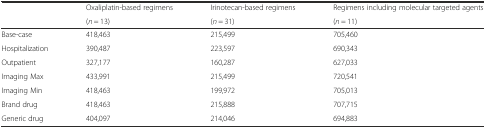
| <ROWSPAN=2>  | Oxaliplatin-based regimens | Irinotecan-based regimens | Regimens including molecular targeted agents |
 | (n = 13) | (n = 31) | (n = 11) |
 | --- | --- | --- | --- |
 | Base-case | 418,463 | 215,499 | 705,460 |
 | Hospitalization | 390,487 | 223,597 | 690,343 |
 | Outpatient | 327,177 | 160,287 | 627,033 |
 | Imaging Max | 433,991 | 215,499 | 720,541 |
 | Imaging Min | 418,463 | 199,972 | 705,013 |
 | Brand drug | 418,463 | 215,888 | 707,715 |
 | Generic drug | 404,097 | 214,046 | 694,883 |